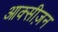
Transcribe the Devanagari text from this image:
आक्सीज़न